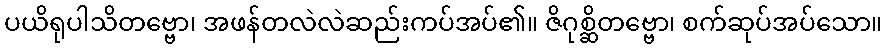
ပယိရုပါသိတဗ္ဗော၊ အဖန်တလဲလဲဆည်းကပ်အပ်၏။ ဇိဂုစ္ဆိတဗ္ဗော၊ စက်ဆုပ်အပ်သော။